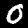
Label: 0